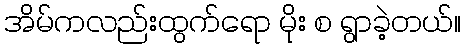
အိမ်ကလည်းထွက်ရော မိုး စ ရွာခဲ့တယ်။